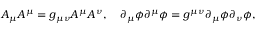
A _ { \mu } A ^ { \mu } = g _ { \mu \nu } A ^ { \mu } A ^ { \nu } , \quad \partial _ { \mu } \phi \partial ^ { \mu } \phi = g ^ { \mu \nu } \partial _ { \mu } \phi \partial _ { \nu } \phi ,